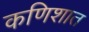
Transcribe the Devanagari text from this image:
कणिशात